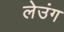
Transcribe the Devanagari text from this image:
लेउंग